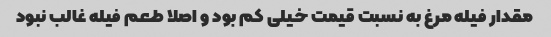
مقدار فیله مرغ به نسبت قیمت خیلی کم بود و اصلا طعم فیله غالب نبود